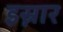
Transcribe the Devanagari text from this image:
इस्नार